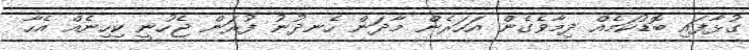
ގުޅާފައި ބޮޑުކަމެއް ދިމާވެގެން އަހަރެން މާދަން ހެނދުނު ފުރަން ޖެހުނީ ކިހިނެއް އެހާ